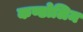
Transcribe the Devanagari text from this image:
कण्डोलिम